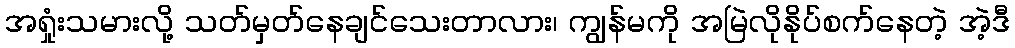
အရှုံးသမားလို့ သတ်မှတ်နေချင်သေးတာလား၊ ကျွန်မကို အမြဲလိုနိုပ်စက်နေတဲ့ အဲ့ဒီ